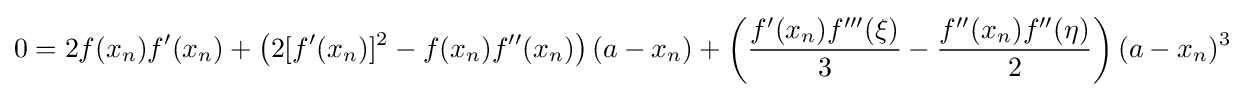
0=2f(x_{n})f'(x_{n})+\left(2[f'(x_{n})]^{2}-f(x_{n})f''(x_{n})\right)(a-x_{n})+\left({\frac {f'(x_{n})f'''(\xi )}{3}}-{\frac {f''(x_{n})f''(\eta )}{2}}\right)(a-x_{n})^{3}